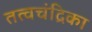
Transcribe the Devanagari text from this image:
तत्वचंद्रिका